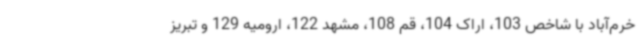
خرم‌آباد با شاخص 103، اراک 104، قم 108، مشهد 122، ارومیه 129 و تبریز